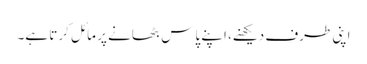
اپنی طرف دیکھنے، اپنے پاس بٹھانے پر مائل کرتا ہے۔